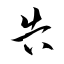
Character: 告